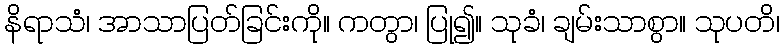
နိရာသံ၊ အာသာပြတ်ခြင်းကို။ ကတွာ၊ ပြု၍။ သုခံ၊ ချမ်းသာစွာ။ သုပတိ၊